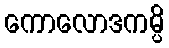
ကောလောဒကမ္ပိ